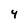
Character: 4